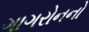
ગાગરોનનો